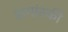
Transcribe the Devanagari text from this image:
सगांस्की